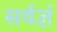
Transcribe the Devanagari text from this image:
सर्वज्ञं